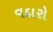
વદારો